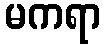
မကရာ